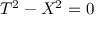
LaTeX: T ^ { 2 } - X ^ { 2 } = 0